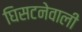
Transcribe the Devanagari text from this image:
घिसटनेवाली